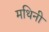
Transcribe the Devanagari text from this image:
मथिनी